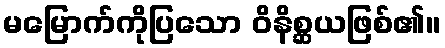
မမြောက်ကိုပြသော ဝိနိစ္ဆယဖြစ်၏။